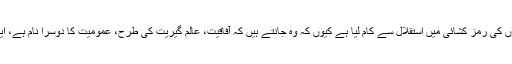
مغربی مفکرین نے مکالماتی اور جدلیاتی طریقے سے دوسرائے گئے بیانیوں کی رمز کشائی میں استقلال سے کام لیا ہے کیوں کہ وہ جانتے ہیں کہ آفاقیت، عالم گیریت کی طرح، عمومیت کا دوسرا نام ہے، ایک ایسا التباس ہے جو متنی مارکیٹ کی نظریاتی سیاست کو سپیس دیتا ہے۔